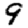
Digit: 9